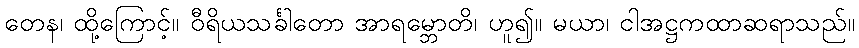
တေန၊ ထို့ကြောင့်။ ဝီရိယသင်္ခါတော အာရမ္ဘောတိ၊ ဟူ၍။ မယာ၊ ငါအဋ္ဌကထာဆရာသည်။